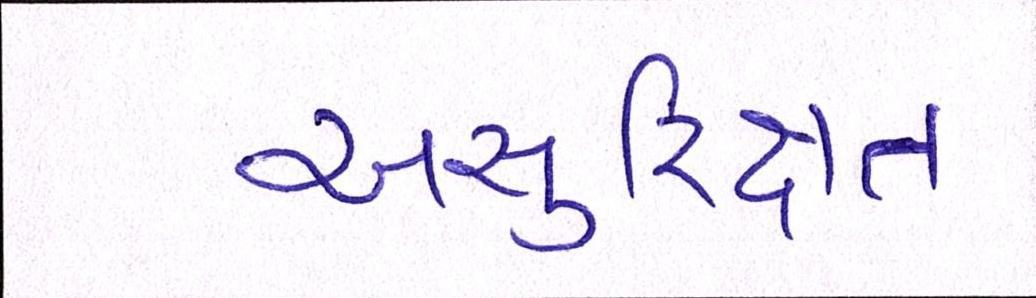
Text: અસુરિક્ષત